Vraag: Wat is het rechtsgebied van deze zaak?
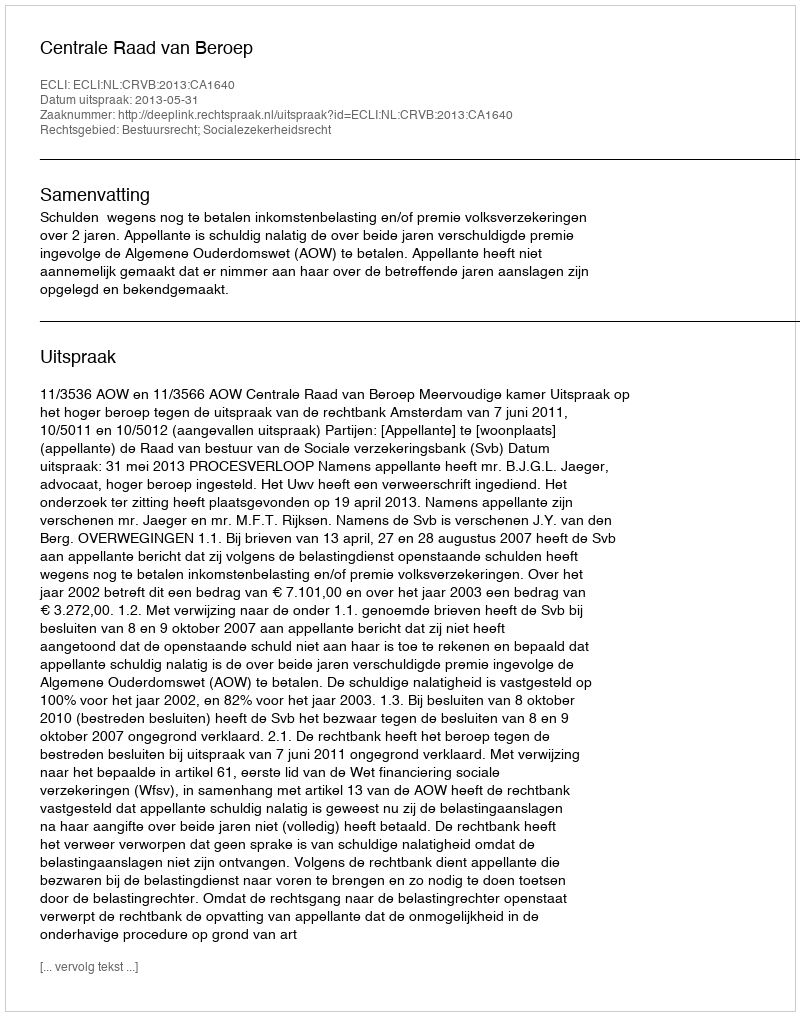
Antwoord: Bestuursrecht; Socialezekerheidsrecht